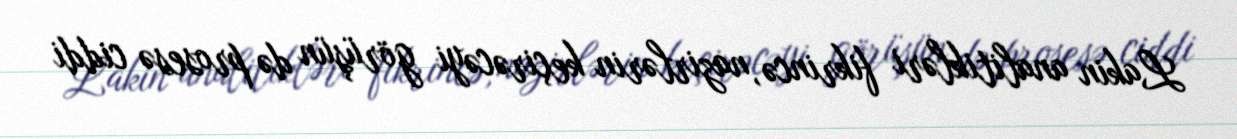
Lakin analitikləri fikrincə, nazirlərin keçirəcəyi görüşün də prosesə ciddi